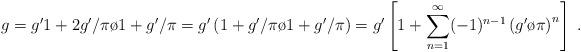
LaTeX: \begin{align*}g=g' {{1+2g'/\pi}\o{1+g'/\pi}}=g'\left(1+{{g'/\pi}\o{1+g'/\pi}}\right) = g'\left[1+\sum_{n=1}^{\infty} (-1)^{n-1}\left({{g'}\o\pi}\right)^n \right] \;.\end{align*}